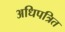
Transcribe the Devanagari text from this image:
अधिपत्रित